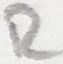
Text: R